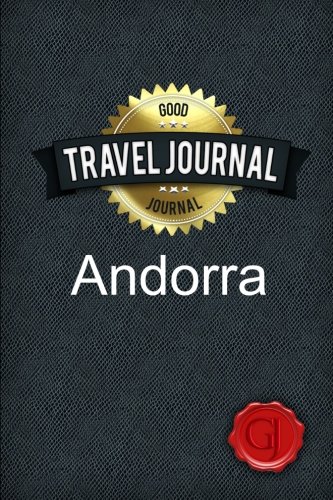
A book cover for Travel Journal Andorra; Amazing Journal; Travel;